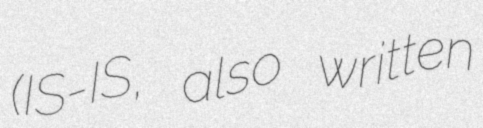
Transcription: (IS-IS, also written